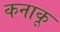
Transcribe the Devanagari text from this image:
कनाकू